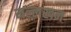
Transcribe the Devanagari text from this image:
मल्लखन